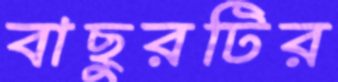
বাছুরটির